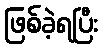
ဖြစ်ခဲ့ရပြီး